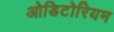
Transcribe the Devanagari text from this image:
ओडिटोरियम